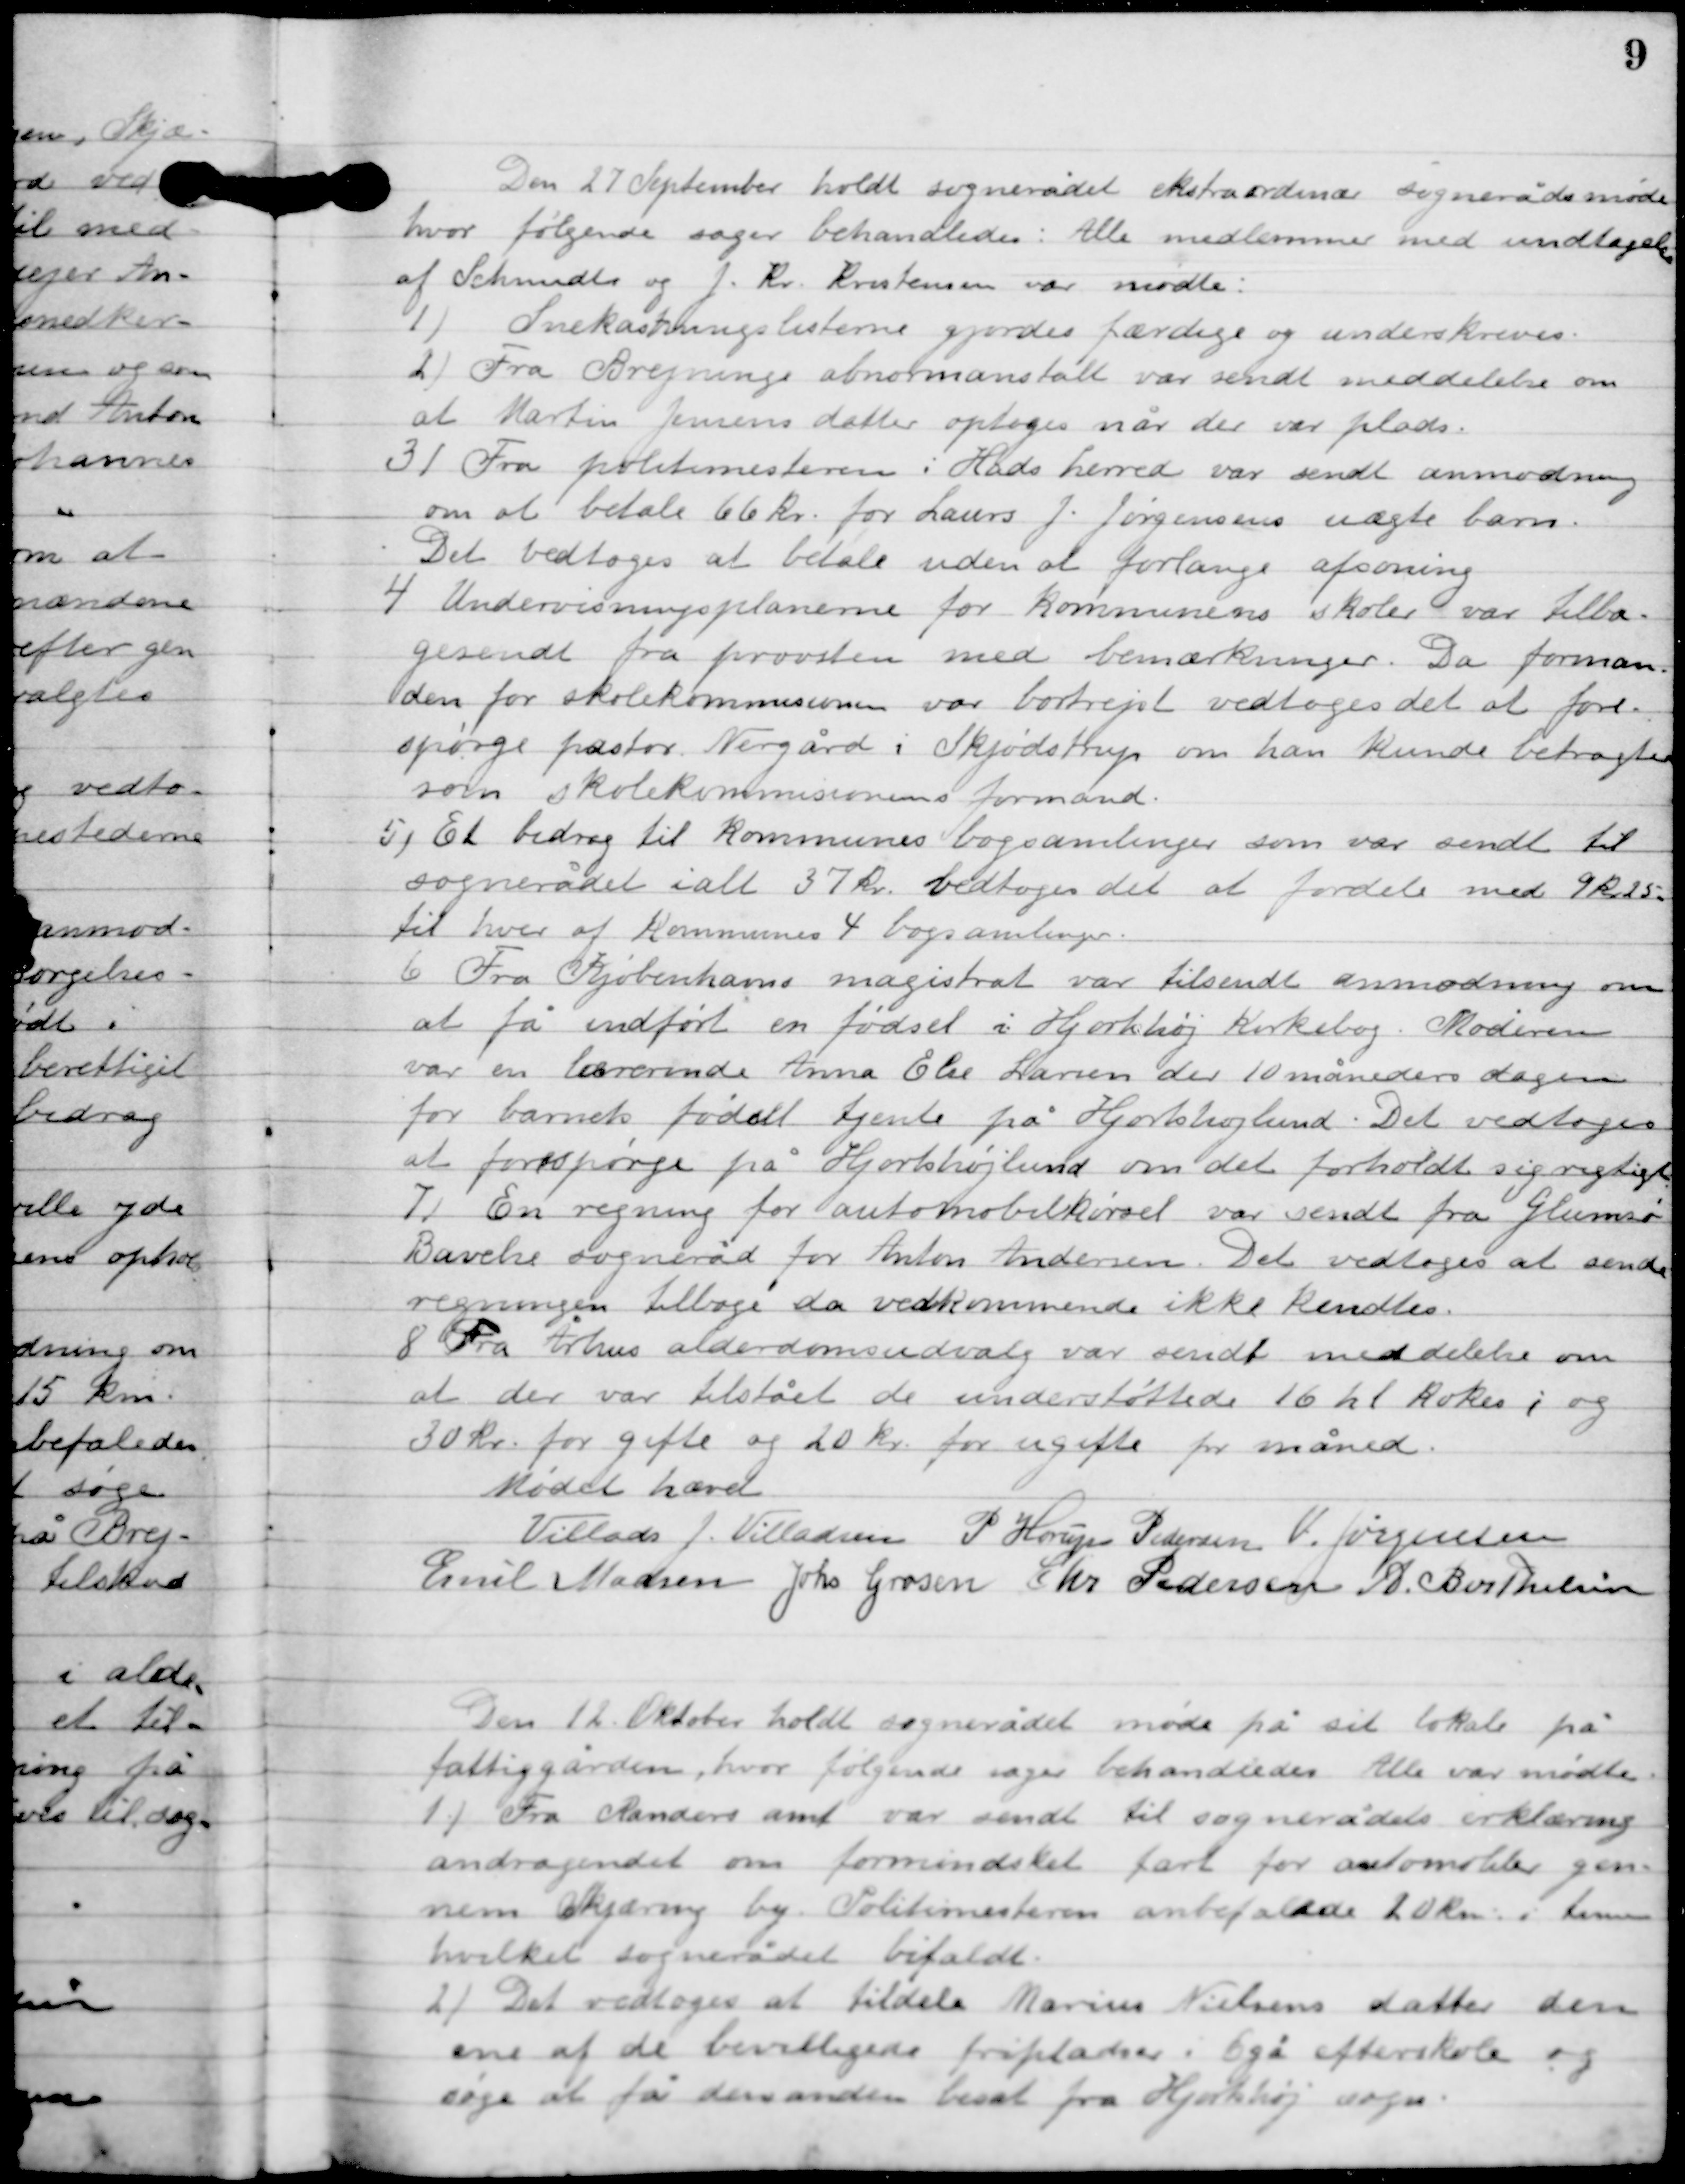
Transskription:
Den 27. September holdt sognerådet ekstraordinær møde
hvor følgende sager behandles: Alle medlemmer med undtagelse
af Schmidt og J. Kr. Kristensen var mødte:

1

Snekastningslisterne gjordes færdige og underskrives.

2

Fra Brejning abnormanstalt var sendt meddelelse om
at Martin Jensens datter optoges når der var plads.

3

Fra politimesteren i Hads herred var sendt anmodning
om at betale 66 kr. for Laurs J. Jørgensens uægte barn.
Det vedtoges at betale uden at forlange afsoning.

4

Undervisningsplanerne for kommunens skoler var tilbage-
sendt fra provsten med bemærkninger. Da forman-
den for skolekommissionen var bortrejst vedtoges det at fore-
spørge pastor Nergård i Skjødstrup om han kunde betragtes
som skolekommissionsformand.

5

Et bidrag til kommunens bogsamlinger som var sendt til
sognerådet i alt 37 kr. vedtoges det at fordele med 9 kr. 25
til hver af kommunens 4 bogsamlinger.

6

Fra Kjøbenhavns magistrat var tilsendt anmodning om
at få indført en fødsels i Hjorthøj Kirkebog. Moderen
var en lærerinde Anne Else Larsen der 10 måneders dagen
for barnets fødsel tjente på Hjortshøjlund. Det vedtoges
at forespørge på Hjorthøjlund om det forholdt sig rigtigt.

7

En regning for automobilkørsel var sendt fra Glumsoe
Bavelse sogneråd for Anton Andersen. Det vedtoges at sende
regningen tilbage da vedkommende ikke kendtes.

8

Fra Århus alderdomsudvalg var sendt meddelelse om 
at der var tilstået de understøttede 16 til Kokes i og 
30 kr. for gifte og 20 kr. for ugifte for måned.

Mødet hævet

Villads J. Villadsen
P. Henry Pedersen
V. Jørgensen
Emil Madsen
Johs.  Grosen
Chr. Pedersen
A. Berthelsen

Den 12. Oktober holdt sognerådet måde på sit lokale
på fattiggården, hvor følgende sager behandles. Alle var mødte.

1

Fra Randers amt var sendt til sognerådets erklæring
andragendet om formindsket fart for automobiler gen-
nem Skjæring by. Politimesteren anbefaledes 20 km i timen,
hvilket sognerådet bifaldt.

2

Det vedtoges at tildele Marius Nielsens datter den
ene af de bevilgede fripladser i Egå efterskole og
søge at få den anden besat fra Hjortshøj sogn.